Vaccination in the Punjab 1919-1929 - 1919-1929
Year: 1919
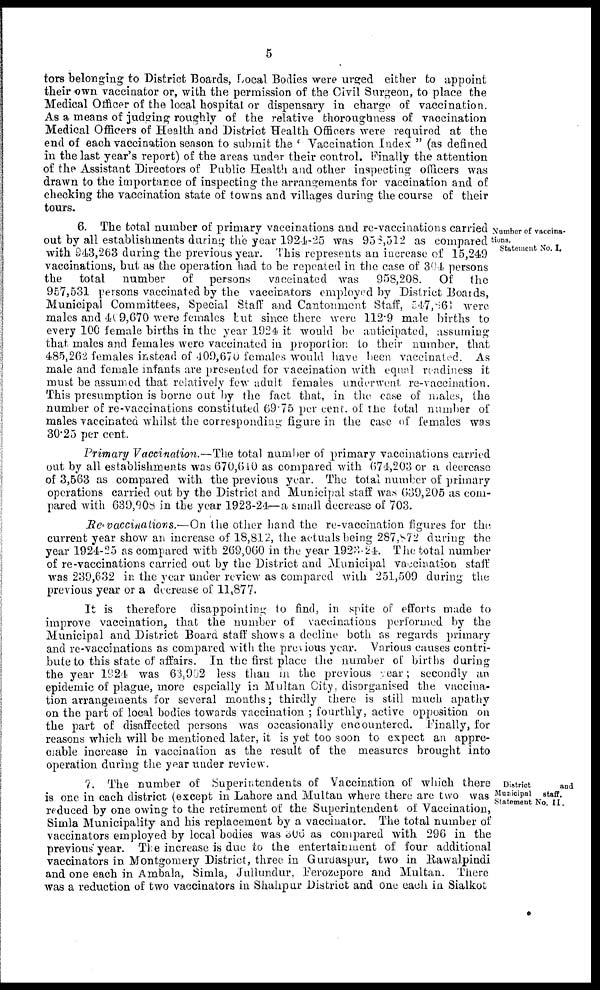
5
tors belonging to District Boards, Local Bodies were urged either to appoint
their own vaccinator or, with the permission of the Civil Surgeon, to place the
Medical Officer of the local hospital or dispensary in charge of vaccination.
As a means of judging roughly of the relative thoroughness of vaccination
Medical Officers of Health and District Health Officers were required at the
end of each vaccination season to submit the ' Vaccination Index " (as defined
in the last year's report) of the areas under their control. Finally the attention
of the Assistant Directors of Public Health and other inspecting officers was
drawn to the importance of inspecting the arrangements for vaccination and of
checking the vaccination state of towns and villages during the course of their
tours.
Number of vaccina-
tions.
Statement No. I.
6. The total number of primary vaccinations and re-vaccinations carried
out by all establishments during the year 1924-25 was 958,512 as compared
with 943,263 daring the previous year. This represents an increase of 15,249
vaccinations, but as the operation had to be repeated in the case of 304 persons
the total number
of persons
vaccinated was 958,208. Of
the
957,531 persons vaccinated by the vaccinators employed by District Boards,
Municipal Committees, Special Staff and Cantonment Staff, 547,861 were
males and 469,670 were females but since there were 112.9 male births to
every 100 female births in the year 1924 it would be anticipated, assuming
that males and females were vaccinated in proportion to their number, that
485,262 females instead of 409,670 females would have been vaccinated. As
male and female infants are presented for vaccination with equal readiness it
must be assumed that relatively few adult females underwent re-vaccination.
This presumption is borne out by the fact that, in the case of males, the
number of re-vaccinations constituted 69.75 per cent. of the total number of
males vaccinated whilst the corresponding figure in the case of females was
30.25 per cent.
Primary Vaccination.—The total number of primary vaccinations carried
out by all establishments was 670,640 as compared with 674,203 or a decrease
of 3,563 as compared with the previous year. The total number of primary
operations carried out by the District and Municipal staff was 639,205 as com-
pared with 639,908 in the year 1923-24—a small decrease of 703.
Re-vaccinations.—On the other hand the re-vaccination figures for the
current year show an increase of 18,812, the actuals being 287,872 during the
year 1924-25 as compared with 269,060 in the year 1923-24. The total number
of re-vaccinations carried out by the District and Municipal vaccination staff
was 239,632 in the year under review as compared with 251,509 during the
previous year or a decrease of 11,877.
It is therefore disappointing to find, in spite of efforts made to
improve vaccination, that the number of vaccinations performed by the
Municipal and District Board staff shows a decline both as regards primary
and re-vaccinations as compared with the previous year. Various causes contri-
bute to this state of affairs. In the first place the number of births during
the year 1921 was 63,902 less than in the previous year; secondly an
epidemic of plague, more espcially in Multan City, disorganised the vaccina-
tion arrangements for several months; thirdly there is still much apathy
on the part of local bodies towards vaccination ; fourthly, active opposition on
the part of disaffected persons was occasionally encountered. Finally, for
reasons which will be mentioned later, it is yet too soon to expect an appre-
ciable increase in vaccination as the result of the measures brought into
operation during the year under review.
District
and
Municipal
staff.
Statement No. II.
7. The number of Superintendents of Vaccination of which there
is one in each district (except in Lahore and Multan where there are two was
reduced by one owing to the retirement of the Superintendent of Vaccination,
Simla Municipality and his replacement by a vaccinator. The total number of
vaccinators employed by local bodies was 306 as compared with 296 in the
previous year. The increase is due to the entertainment of four additional
vaccinators in Montgomery District, three in Gurdaspur, two in Rawalpindi
and one each in Ambala, Simla, Jullundur, Ferozepore and Multan. There
was a reduction of two vaccinators in Shahpur District and one each in Sialkot